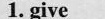
1.give